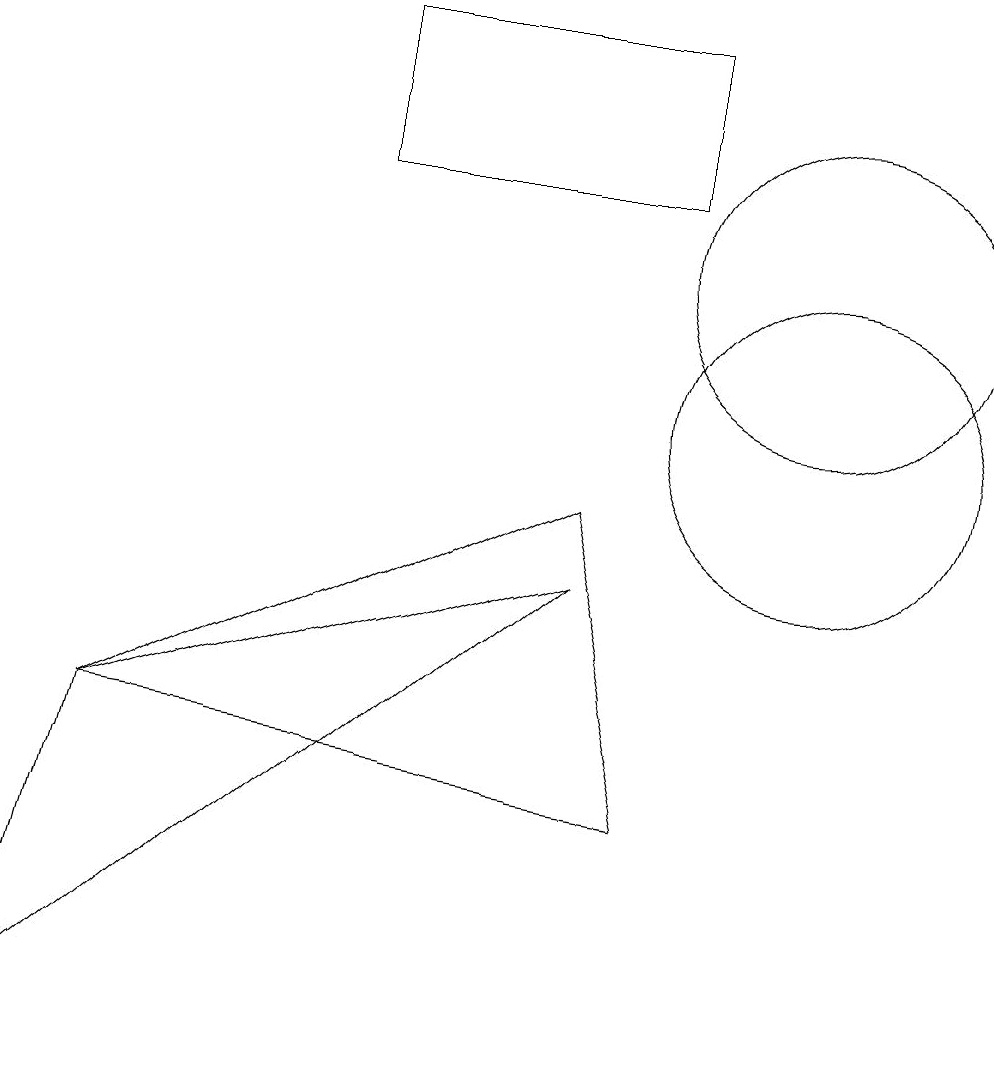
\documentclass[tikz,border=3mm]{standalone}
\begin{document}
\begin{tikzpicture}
\draw (8,9) -- (9,5) -- (2,6) -- cycle;
\draw (8,8) -- (2,6) -- (1,2) -- cycle;
\draw (5,15) rectangle (9,13);
\draw (11,10) circle (2);
\draw (11,12) circle (2);
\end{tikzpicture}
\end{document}